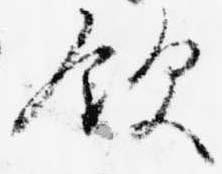
飲